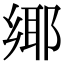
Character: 鄊